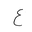
Letter: _ayn